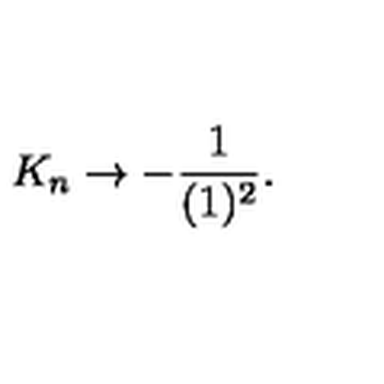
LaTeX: K _ { n } \rightarrow - \frac { 1 } { ( 1 ) ^ { 2 } } .